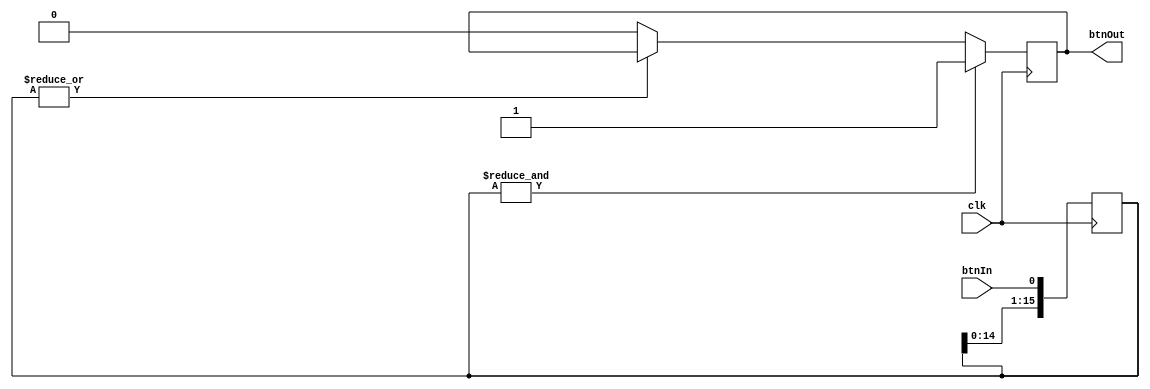
`timescale 1ns / 1ps
//////////////////////////////////////////////////////////////////////////////////
// Company: 
// Engineer: 
// 
// Design Name: 
// Module Name: debouncer
// Project Name: 
// Target Devices: 
// Tool Versions: 
// Description: 
// 
// Dependencies: 
// 
// Revision:
// Revision 0.01 - File Created
// Additional Comments:
// 
//////////////////////////////////////////////////////////////////////////////////


module debouncer(
        input clk,
        input btnIn,
        output reg btnOut
    );
    
    reg [15:0] btnFilter;
    
    always @ (posedge clk) begin
        btnFilter  <=  { btnFilter[14:0], btnIn }; 
        if       ( &btnFilter )  
            btnOut <= 1'b1;
        else if ( ~|btnFilter )  
            btnOut <= 1'b0;      
    end
endmodule